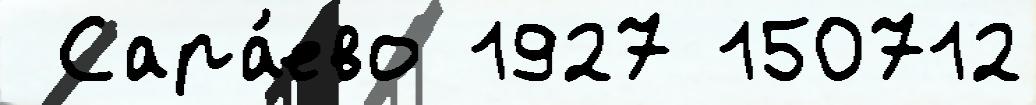
 Сара́ево 1927 150712